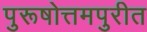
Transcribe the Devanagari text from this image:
पुरूषोत्तमपुरीत